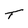
Character: T